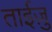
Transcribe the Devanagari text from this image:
ताईज़ु